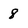
Character: 8